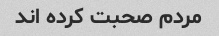
مردم صحبت کرده اند